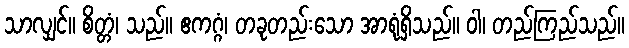
သာလျှင်။ စိတ္တံ၊ သည်။ ဧကဂ္ဂံ၊ တခုတည်းသော အာရုံရှိသည်။ ဝါ၊ တည်ကြည်သည်။